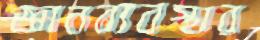
জ্ঞানব্যবস্থার